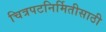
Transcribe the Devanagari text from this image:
चित्रपटनिर्मितीसाठी